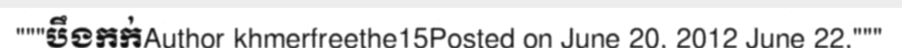
"""បឹងកក់Author khmerfreethe15Posted on June 20, 2012 June 22,"""